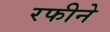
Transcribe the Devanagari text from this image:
रफीने